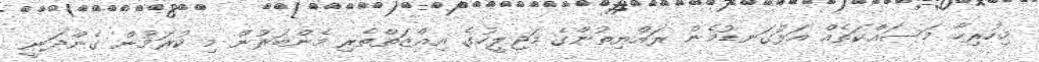
މިހުރިހާ މަސައްކަތެއް އަޅުގަނޑުމެން ރައްޔިތުންގެ މަޖިލީހުގެ އިއްޒަތްތެރި މެންބަރުން މި ކުރަމުން ގެންދަނީ